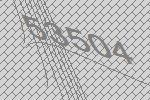
53504